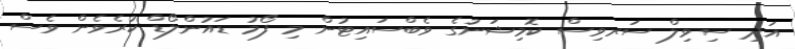
އަދި ސިވިލް ސަރވިސް ކޮމިޝަނުގެ ވެބްސައިޓުން މި ފޯމު ޑައުންލޯޑް ކުރެވެން ވެސް